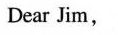
Dear Jim，